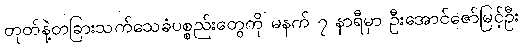
တုတ်နဲ့တခြားသက်သေခံပစ္စည်းတွေကို မနက် ၇ နာရီမှာ ဦးအောင်ဇော်မြင့်ဦး